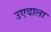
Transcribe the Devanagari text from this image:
उएदाला